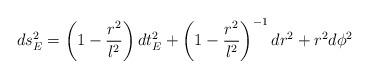
LaTeX: \begin{align*}ds^2_E = \left(1 - \frac{r^2}{l^2}\right) dt_E^2 + \left(1 - \frac{r^2}{l^2}\right)^{-1} dr^2 + r^2 d\phi^2\end{align*}